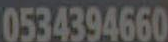
0534394660